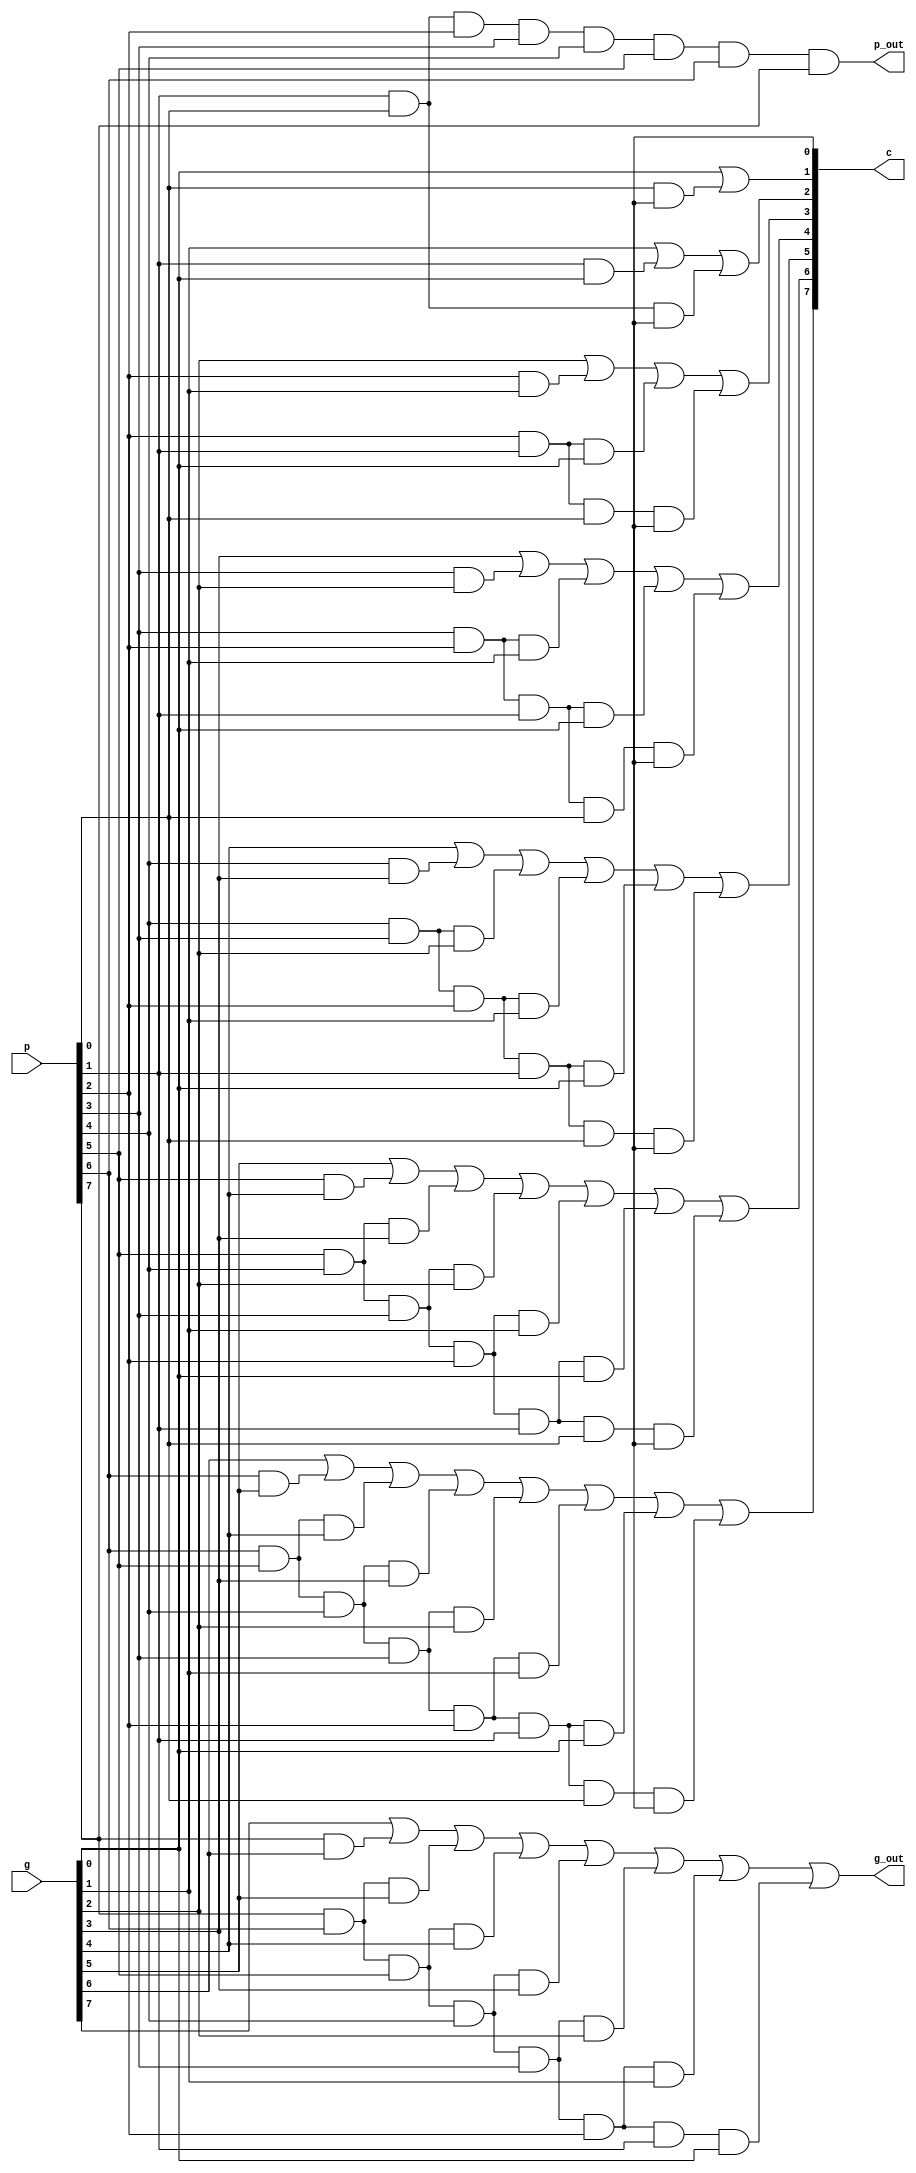
module block_carry(
    output g_out, p_out,
    output[7:0] c, 
    input[7:0] g, p
    );
    wire a1;
    wire b1, b2;
    wire c1, c2, c3;
    wire d1, d2, d3, d4;
    wire e1, e2, e3, e4, e5;
    wire f1, f2, f3, f4, f5, f6;
    wire g1, g2, g3, g4, g5, g6, g7;
    wire h1, h2, h3, h4, h5, h6, h7, h8;

    and a1_and(a1, p[0], c[0]);
    or a_or(c[1], g[0], a1);

    and b1_and(b1, p[1], g[0]);
    and b2_and(b2, p[1], p[0], c[0]);
    or b_or(c[2], g[1], b1, b2);

    and c1_and(c1, p[2], g[1]);
    and c2_and(c2, p[2], p[1], g[0]);
    and c3_and(c3, p[2], p[1], p[0], c[0]);
    or c_or(c[3], g[2], c1, c2, c3);

    and d1_and(d1, p[3], g[2]);
    and d2_and(d2, p[3], p[2], g[1]);
    and d3_and(d3, p[3], p[2], p[1], g[0]);
    and d4_and(d4, p[3], p[2], p[1], p[0], c[0]);
    or d_or(c[4], g[3], d1, d2, d3, d4);

    and e1_and(e1, p[4], g[3]);
    and e2_and(e2, p[4], p[3], g[2]);
    and e3_and(e3, p[4], p[3], p[2], g[1]);
    and e4_and(e4, p[4], p[3], p[2], p[1], g[0]);
    and e5_and(e5, p[4], p[3], p[2], p[1], p[0], c[0]);
    or e_or(c[5], g[4], e1, e2, e3, e4, e5);

    and f1_and(f1, p[5], g[4]);
    and f2_and(f2, p[5], p[4], g[3]);
    and f3_and(f3, p[5], p[4], p[3], g[2]);
    and f4_and(f4, p[5], p[4], p[3], p[2], g[1]);
    and f5_and(f5, p[5], p[4], p[3], p[2], p[1], g[0]);
    and f6_and(f6, p[5], p[4], p[3], p[2], p[1], p[0], c[0]);
    or f_or(c[6], g[5], f1, f2, f3, f4, f5, f6);

    and g1_and(g1, p[6], g[5]);
    and g2_and(g2, p[6], p[5], g[4]);
    and g3_and(g3, p[6], p[5], p[4], g[3]);
    and g4_and(g4, p[6], p[5], p[4], p[3], g[2]);
    and g5_and(g5, p[6], p[5], p[4], p[3], p[2], g[1]);
    and g6_and(g6, p[6], p[5], p[4], p[3], p[2], p[1], g[0]);
    and g7_and(g7, p[6], p[5], p[4], p[3], p[2], p[1], p[0], c[0]);
    or g_or(c[7], g[6], g1, g2, g3, g4, g5, g6, g7);

    and h1_and(h1, p[7], g[6]);
    and h2_and(h2, p[7], p[6], g[5]);
    and h3_and(h3, p[7], p[6], p[5], g[4]);
    and h4_and(h4, p[7], p[6], p[5], p[4], g[3]);
    and h5_and(h5, p[7], p[6], p[5], p[4], p[3], g[2]);
    and h6_and(h6, p[7], p[6], p[5], p[4], p[3], p[2], g[1]);
    and h7_and(h7, p[7], p[6], p[5], p[4], p[3], p[2], p[1], g[0]);
    
    or g_out_or(g_out, g[7], h1, h2, h3, h4, h5, h6, h7);
    and p__out_and(p_out, p[0], p[1], p[2], p[3], p[4], p[5], p[6], p[7]);
endmodule